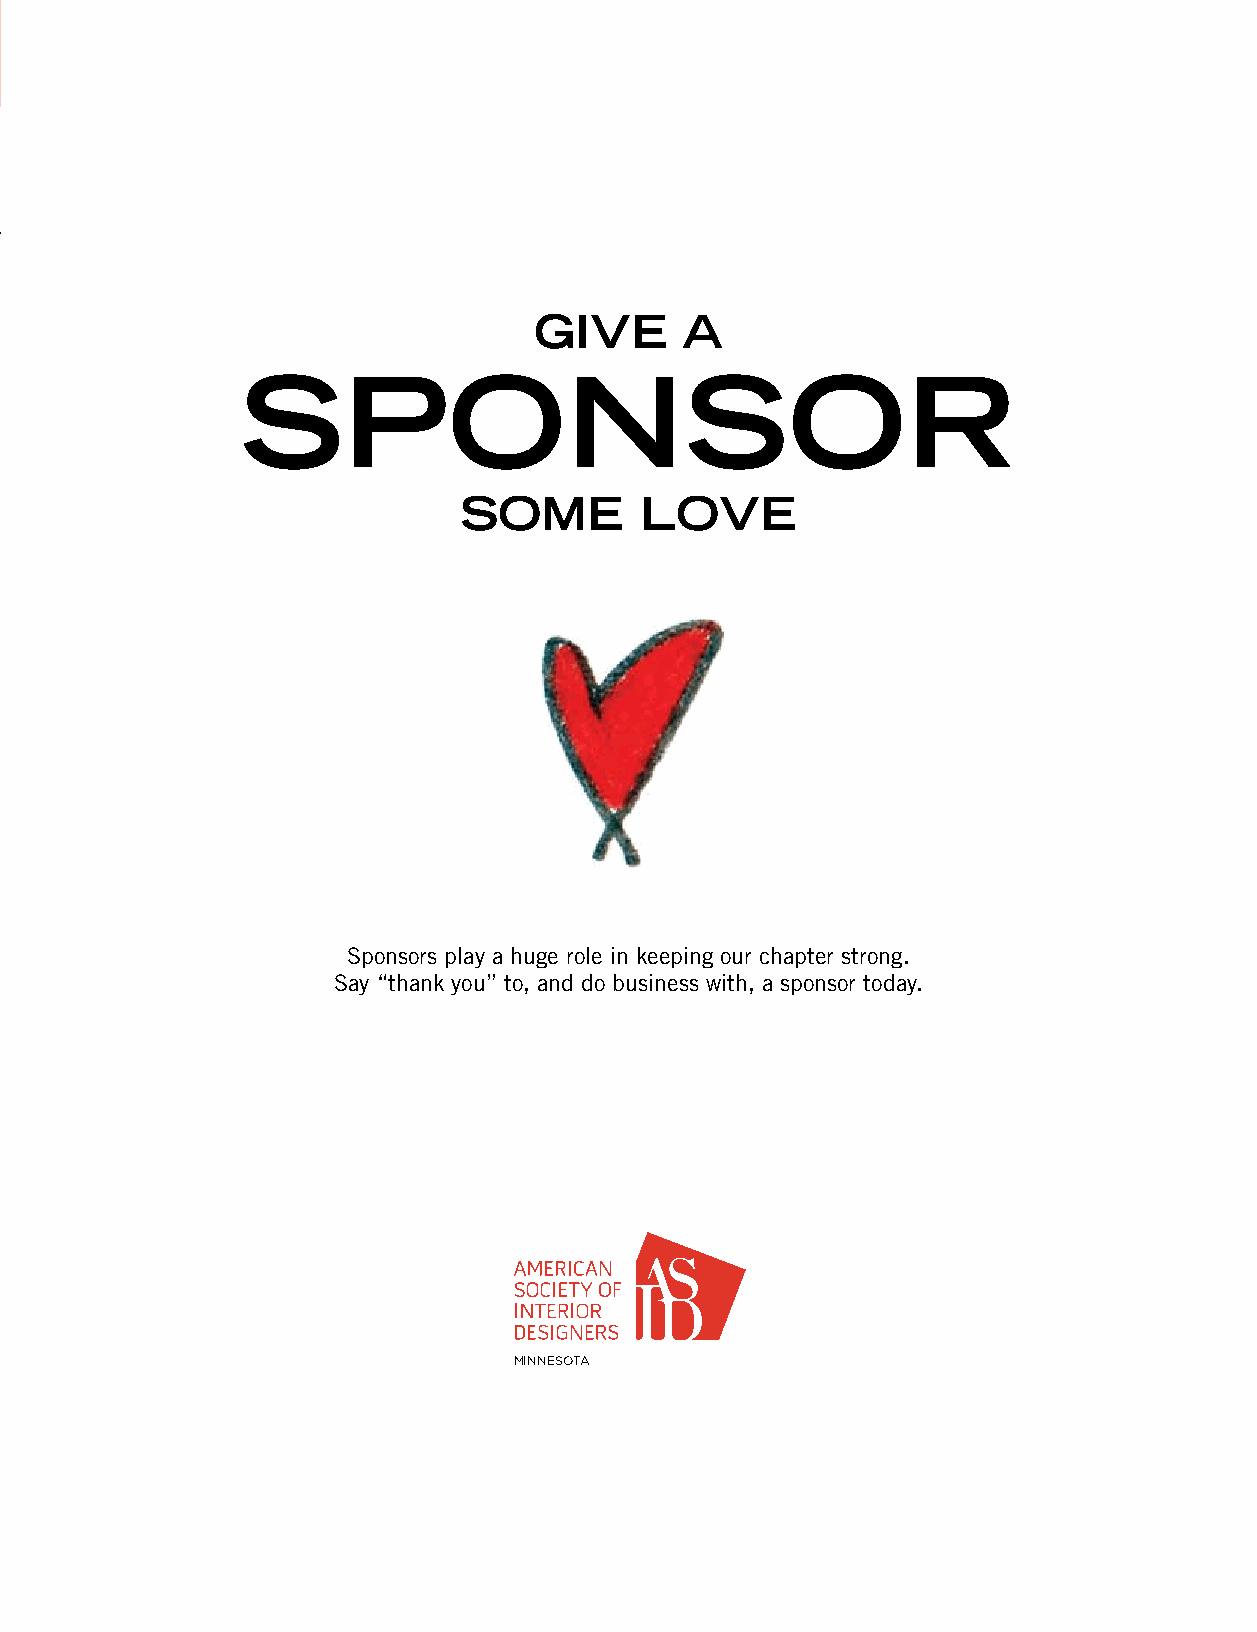
GIVE      A
 SPONSOR
 SOME        LOVE
 Sponsors play a huge role in keeping our chapter strong.
 Say “thank you” to, and do business with, a sponsor today.
 MINNESOTA